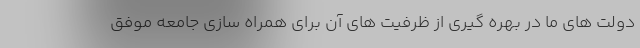
دولت های ما در بهره گیری از ظرفیت های آن برای همراه سازی جامعه موفق